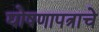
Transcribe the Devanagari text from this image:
घोषणापत्राचे